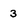
Character: 3